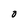
Character: 0